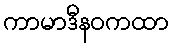
ကာမာဒီနဝကထာ